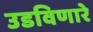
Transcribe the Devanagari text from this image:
उडविणारे